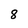
Character: 8